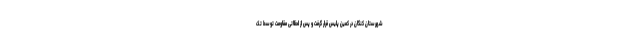
شهرستان کنگان در کمین پلیس قرار گرفت و پس از لحظاتی مقاومت توسط تک